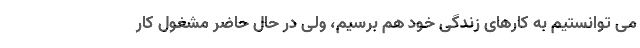
می توانستیم به کارهای زندگی خود هم برسیم، ولی در حال حاضر مشغول کار